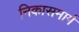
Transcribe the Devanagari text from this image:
निकासमार्ग